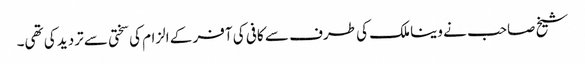
شیخ صاحب نے وینا ملک کی طرف سے کافی کی آفر کے الزام کی سختی سے تردید کی تھی۔